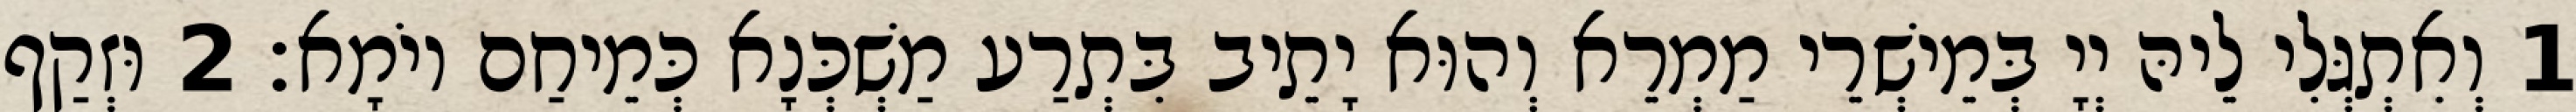
1 וְאִתְגְּלִי לֵיהּ יְיָ בְּמֵישְׁרֵי מַמְרֵא וְהוּא יָתֵיב בִּתְרַע מַשְׁכְּנָא כְּמֵיחַם יוֹמָא׃ 2 וּזְקַף